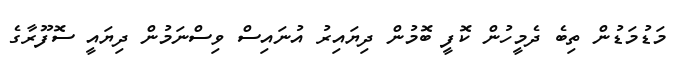
މަޑުމަޑުން ތިބެ ދެމީހުން ކޮފީ ބޮމުން ދިޔައިރު އުނައިސް ވިސްނަމުން ދިޔައީ ސޮފޫރާގެ